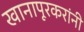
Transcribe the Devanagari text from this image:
खानापूरकरांनी